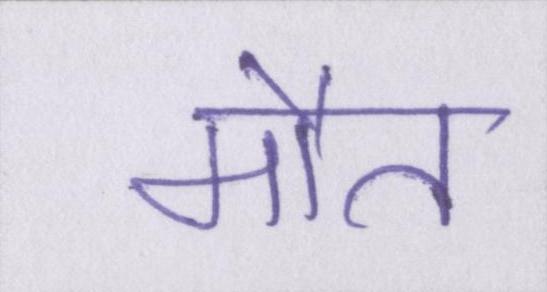
मौत